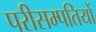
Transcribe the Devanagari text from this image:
परीसम्पतियों